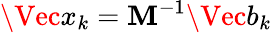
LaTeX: \Vec{x}_{k}=\mathbf{M}^{-1}\Vec{b}_{k}